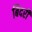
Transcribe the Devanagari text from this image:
बिदरी